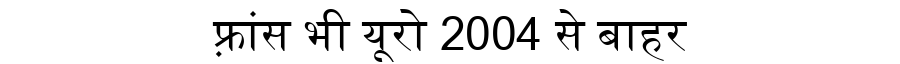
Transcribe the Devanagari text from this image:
फ़्रांस भी यूरो 2004 से बाहर